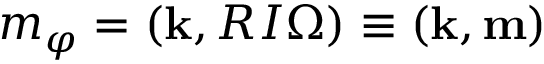
m _ { \varphi } = ( { \bf k } , R I { \boldsymbol \Omega } ) \equiv ( { \bf k } , { \bf m } )